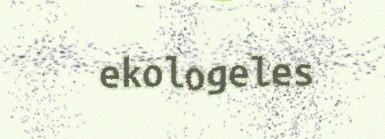
ekologeles